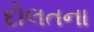
દોલતના